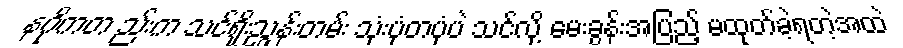
နဂိုကတ ည်းက သင်ရိုးညွှန်းတမ်း သုံးပုံတပုံပဲ သင်လို့ မေးခွန်းအပြည့် မထုတ်ခဲ့ရတဲ့အထဲ